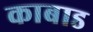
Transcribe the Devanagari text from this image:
काबाड